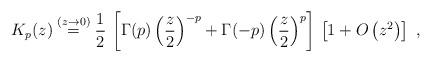
LaTeX: \begin{align*}K_{p}(z) \stackrel{(z \rightarrow 0)}{=} \frac{1}{2} \,\left[\Gamma (p) \left(\frac{z}{2} \right)^{-p}+\Gamma (-p) \left(\frac{z}{2} \right)^{p}\right]\,\left[1 +O \left(z^{2} \right)\right]\; ,\end{align*}